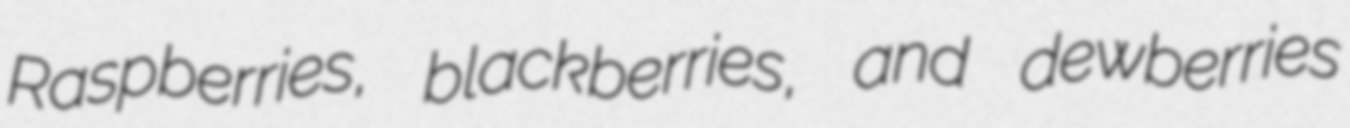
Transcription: Raspberries, blackberries, and dewberries